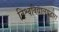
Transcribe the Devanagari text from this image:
विश्वविद्यालयद्वारा